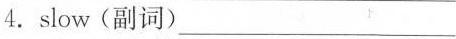
4.slow(副词)___